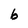
Character: b